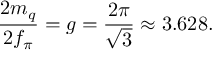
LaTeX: \frac { 2 m _ { q } } { 2 f _ { \pi } } = g = \frac { 2 \pi } { \sqrt { 3 } } \approx 3 . 6 2 8 .